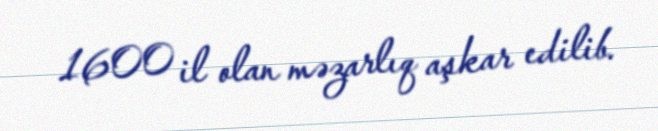
1600 il olan məzarlıq aşkar edilib.